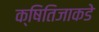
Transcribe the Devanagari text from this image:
क्षितिजाकडे